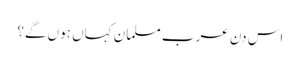
اس دن عرب مسلمان کہاں ہوں گے؟